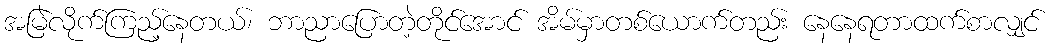
အမြဲလိုက်ကြည့်နေတယ်၊ ဘာညာပြောတဲ့တိုင်အောင် အိမ်မှာတစ်ယောက်တည်း နေနေရတာထက်စာလျှင်